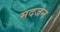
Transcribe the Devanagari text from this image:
मदजन